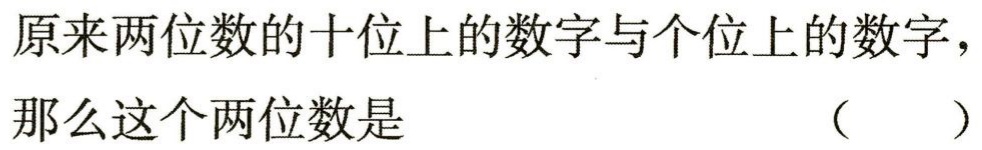
原来两位数的十位上的数字与个位上的数字，那么这个两位数是 （  ）